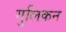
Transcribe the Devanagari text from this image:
गुलिकन